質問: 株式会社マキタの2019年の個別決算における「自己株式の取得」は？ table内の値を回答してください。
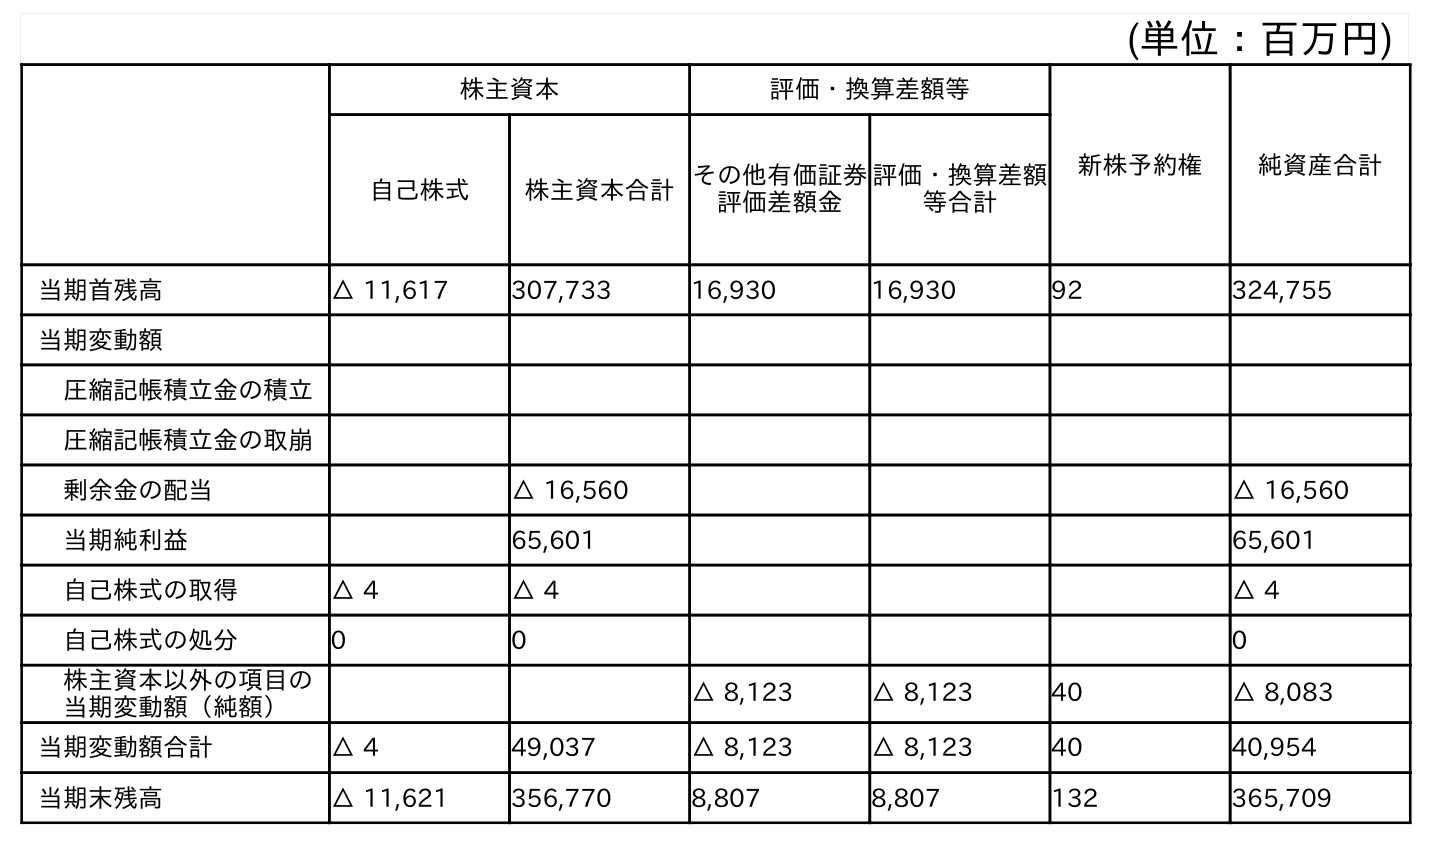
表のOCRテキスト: (単位：百万円) 株主資本 評価・換算差額等 新株予約権 純資産合計 自己株式 株主資本合計その他有価証券 評価差額金 評価・換算差額 等合計 当期首残高 △ 11,617 307,733 16,930 16,930 92 324,755 当期変動額 圧縮記帳積立金の積立 圧縮記帳積立金の取崩 剰余金の配当 △ 16,560 △ 16,560 当期純利益 65,601 65,601 自己株式の取得 △ 4 △ 4 △ 4 自己株式の処分 0 0 0 株主資本以外の項目の 当期変動額（純額） △ 8,123 △ 8,123 40 △ 8,083 当期変動額合計 △ 4 49,037 △ 8,123 △ 8,123 40 40,954 当期末残高 △ 11,621 356,770 8,807 8,807 132 365,709
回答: △4